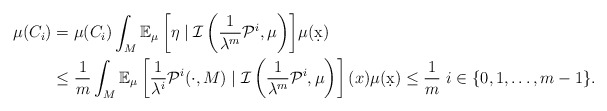
\begin{align*} \mu(C_i) &= \mu(C_i) \int_M {\mathbb E_\mu\left[\eta\mid \mathcal I\left(\frac{1}{\lambda^m} \mathcal P^i,\mu\right)\right]}\mu(\d x)\\ &\leq \frac{1}{m} \int_M \mathbb E_\mu\left[\frac{1}{\lambda^i}\mathcal P^i(\cdot,M)\mid \mathcal I\left(\frac{1}{\lambda^m} \mathcal P^i,\mu\right)\right](x) \mu(\d x) \leq \frac{1}{m}\ i\in\{0,1,\ldots,m-1\}.\end{align*}